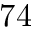
7 4